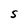
Character: 5